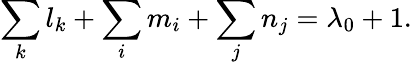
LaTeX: \sum_{k}l_{k}+\sum_{i}m_{i}+\sum_{j}n_{j}=\lambda_{0}+1.